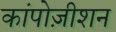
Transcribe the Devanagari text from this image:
कांपोज़ीशन